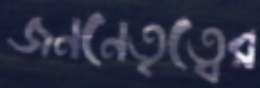
জননেতৃত্বের